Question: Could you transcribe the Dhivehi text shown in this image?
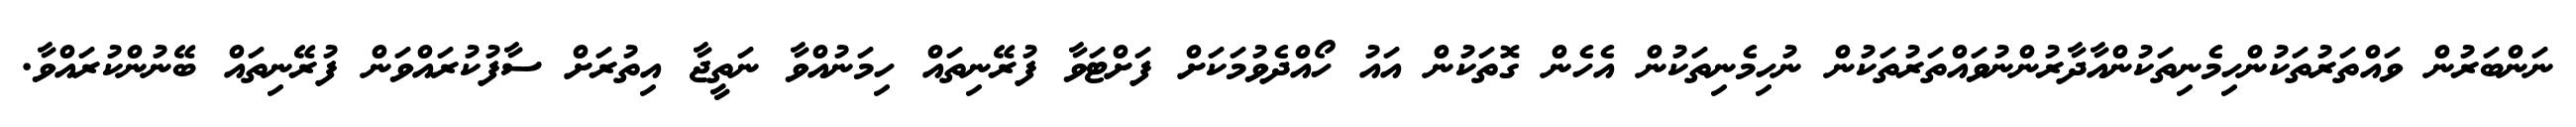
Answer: ނަންބަރުން ވައްތަރުތަކުންހިމެނިތަކުންއާދާރުންނުވައްތަރުތަކުން ނުހިމެނިތަކުން އެހެން ގޮތަކުން އައު ހޯއްދެވުމަކަށް ފަށްޓަވާ ފުރޭނިތައް ހިމަނުއްވާ ނަތީޖާ އިތުރަށް ސާފުކުރައްވަން ފުރޭނިތައް ބޭނުންކުރައްވާ.